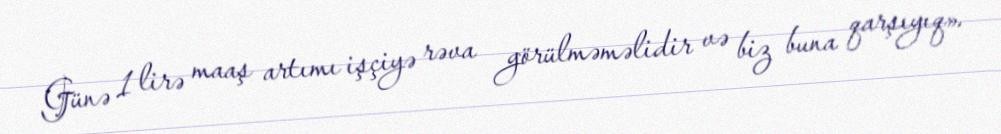
Günə 1 lirə maaş artımı işçiyə rəva görülməməlidir və biz buna qarşıyıq».